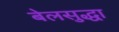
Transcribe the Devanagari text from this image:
बेलसुद्धा